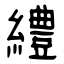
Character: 䌡